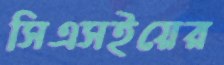
সিএসইয়ের